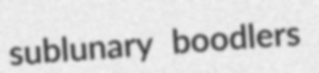
sublunary boodlers